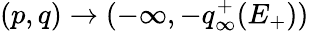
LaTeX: (p,q)\to(-\infty,-q_{\infty}^{+}(E_{+}))